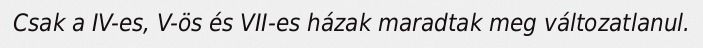
Csak a IV-es, V-ös és VII-es házak maradtak meg változatlanul.